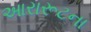
આરારૂટના